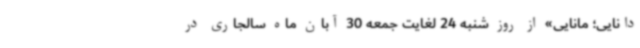
دانایی؛ مانایی» از روز شنبه 24 لغایت جمعه 30 آبان ماه سالجاری در